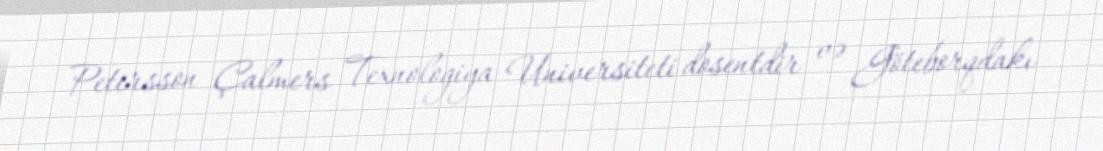
Petersson Çalmers Texnologiya Universiteti dosentdir və Göteborqdakı